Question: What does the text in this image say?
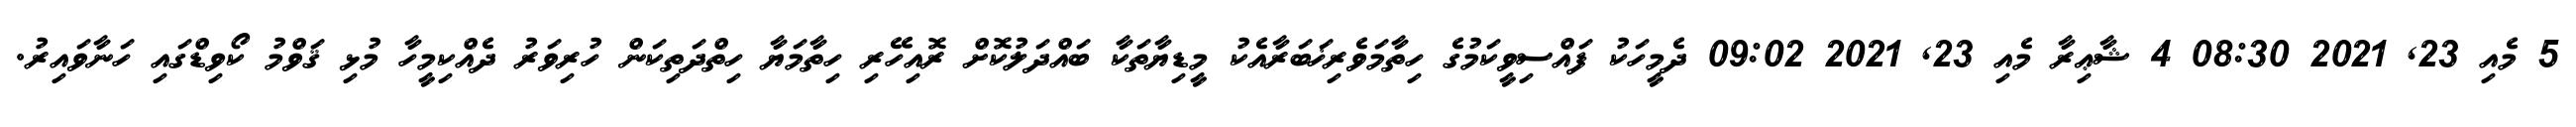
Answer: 5 މެއި 23, 2021 08:30 4 ޝާޢިރާ މެއި 23, 2021 09:02 ދެމީހަކު ފައްސިވީކަމުގެ ހިތާމަވެރިޚަބަރާއެކު މީޑިޔާތަކާ ބައްދަލުކޮށް ރޮއިހޭރި ހިތާމަޔާ ހިތްދަތިކަން ހުރިވަރު ދެއްކިމީހާ މުޅި ޤަވްމު ކޯވިޑްގައި ހަނާވައިރު.